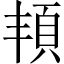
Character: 𩑚